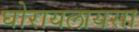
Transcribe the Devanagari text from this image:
घोरायलायसा